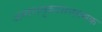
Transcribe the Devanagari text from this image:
अन्तरानुशासनात्मक